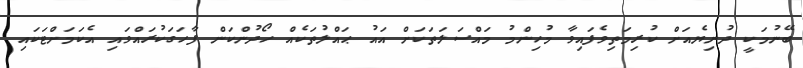
ބޭނުމަކީ ދުނިޔެއަށް ކުރިމަތިވެފައިވާ މުހިންމު މައްސަލަތަކަށް އައު ޙައްލުތަކެއް ހޯދުންކަން ފާހަގަކުރައްވައި އެކަމަށްޓަކައި